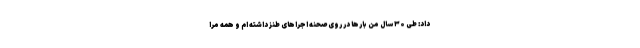
داد: طی ۳۰ سال من بارها در روی صحنه اجراهای طنز داشته ام و همه مرا